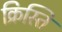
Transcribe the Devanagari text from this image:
क्रिस्ति